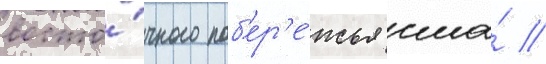
восто́чного поб'ер'е́жья сша́ //